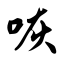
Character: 咴